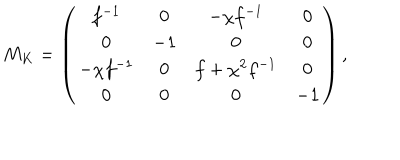
M _ { K } = \left( \begin{array} { c c c c } { { f ^ { - 1 } } } & { { 0 } } & { { - \chi f ^ { - 1 } } } & { { 0 } } \\ { { 0 } } & { { - 1 } } & { { 0 } } & { { 0 } } \\ { { - \chi f ^ { - 1 } } } & { { 0 } } & { { f + \chi ^ { 2 } f ^ { - 1 } } } & { { 0 } } \\ { { 0 } } & { { 0 } } & { { 0 } } & { { - 1 } } \\ \end{array} \right) ,